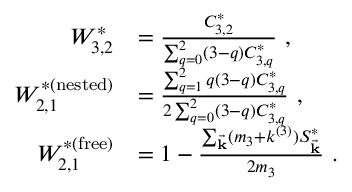
\begin{array} { r l } { W _ { 3 , 2 } ^ { * } } & { = \frac { C _ { 3 , 2 } ^ { * } } { \sum _ { q = 0 } ^ { 2 } ( 3 - q ) C _ { 3 , q } ^ { * } } ~ , } \\ { W _ { 2 , 1 } ^ { * ( \mathrm { n e s t e d } ) } } & { = \frac { \sum _ { q = 1 } ^ { 2 } q ( 3 - q ) C _ { 3 , q } ^ { * } } { 2 \sum _ { q = 0 } ^ { 2 } ( 3 - q ) C _ { 3 , q } ^ { * } } ~ , } \\ { W _ { 2 , 1 } ^ { * ( \mathrm { f r e e } ) } } & { = 1 - \frac { \sum _ { \vec { \mathbf { k } } } ( m _ { 3 } + k ^ { ( 3 ) } ) S _ { \vec { \mathbf { k } } } ^ { * } } { 2 m _ { 3 } } ~ . } \end{array}